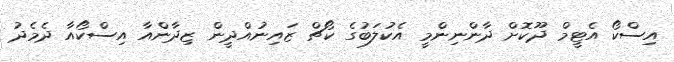
އިސްކޯ އެޓީމް ދޫކޮށް ދާންނިންމީ އެކުލަބުގެ ކޯޗް ޒައިނުއްދީން ޒިދާންއާ އިސްކޯއާ ދެެމެދު